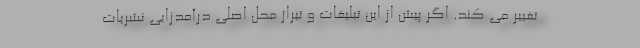
تغییر می کند. اگر پیش از این تبلیغات و تیراژ محل اصلی درآمدزایی نشریات